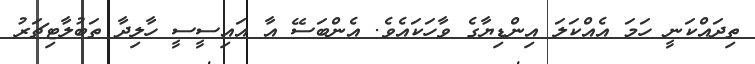
ތިދައްކަނީ ހަމަ އެއްކަލަ އިންޑިޔާގެ ވާހަކައެވެ. އެންބަސޭ އާ އައިސީސީ ހާލިދާ ތަބުލާޓިޗަރު